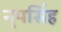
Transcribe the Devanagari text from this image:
नृपसिंह